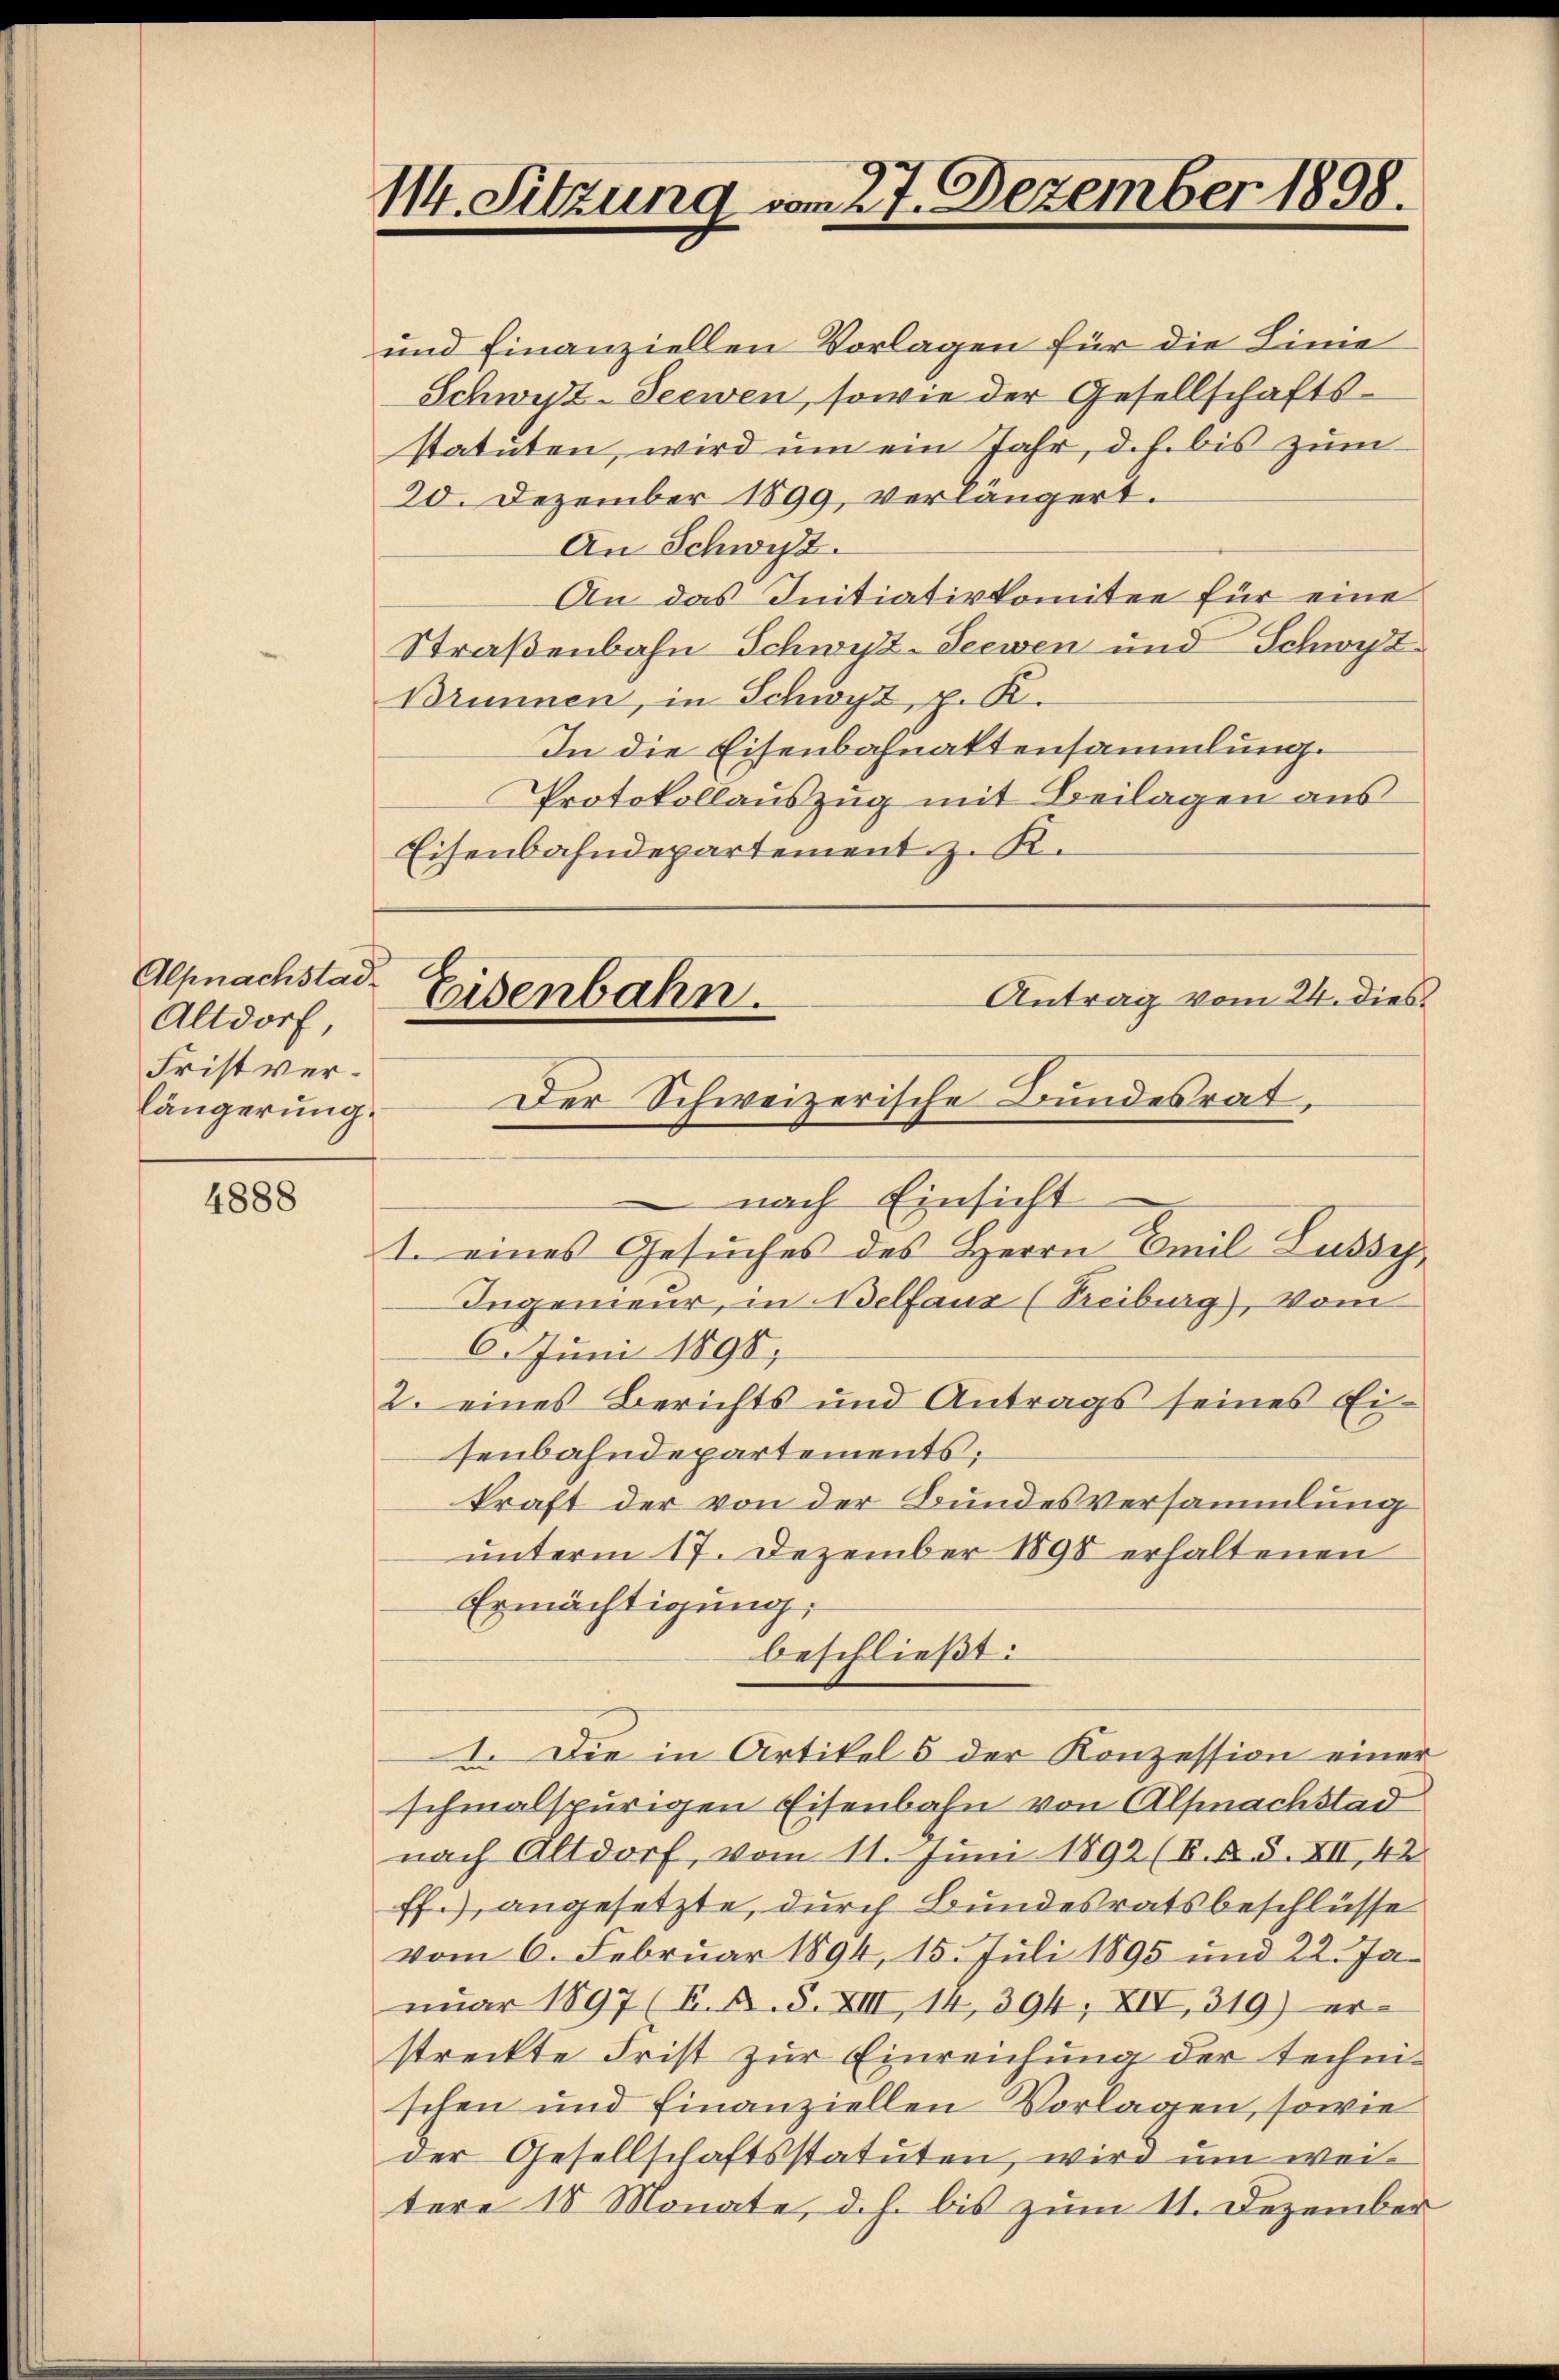
Alpnachstad
Altdorf,
Fristverlängerung.

4888

114. Sitzung vom 27. Dezember 1898.

und finanziellen Vorlagen für die Linie
Schwest-Seewen, sowie der Gesellschaftsstatuten, wird um ein Jahr, d. h. bis zum
20. Dezember 1899, verlängert.
An Schwist
An das Initiativkomitee für eine
Straßenbahn Schwest-Seewen und Schwyt
Brunnen, in Schwyz, p. K.
In die Eisenbahnaktensammlung.
Protokollauszug mit Beilagen aus
Eisenbahndepartement z. K.
1. eines Gesuches des Herrn Emil Lussy
Ingenieur, in Welfaus (Reiburg), vom
6. Juni 1898,
2. eines Berichts und Antrags seines Ei-
senbahndepartements;
kraft der von der Bundesversammlung
unterm 17. Dezember 1898 erhaltenen
Ermächtigung:
beschließt:
I. Die in Artikel 5 der Konzession einer
schmalspurigen Eisenbahn von Alfnachstad
nach Altdorf, vom 11. Juni 1892 (S. R. S. XII, 42
ff.), angesetzte, durch Bundesratsbeschlüsse
vom 6. Februar 1894, 15. Juli 1895 und 22. Ja
nuar 1897 (E. A. S. XIII, 14, 394, XIV, 319) er-
streckte Frist zur Einreichung der technischen und Finanziellen Vorlagen, sowie
der Gesellschaftsstatuten, wird um weitere 18 Monate, d.h. bis zum 11. Dezember

Antrag vom 24. dies
Eisenbahn.
Der Schweizerische Bundesrat
 nach Einsicht